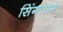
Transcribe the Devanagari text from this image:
सिंगताम